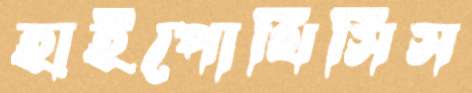
হাইপোথিসিস